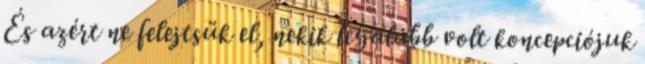
És azért ne felejtsük el, nekik legalább volt koncepciójuk